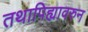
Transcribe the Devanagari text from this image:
तथापिह्यावरुन